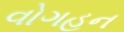
વોગહન